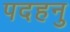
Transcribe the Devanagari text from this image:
पदहनु